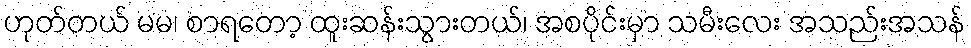
ဟုတ်တယ် မမ၊ စာရတော့ ထူးဆန်းသွားတယ်၊ အစပိုင်းမှာ သမီးလေး အသည်းအသန်